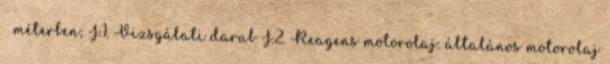
méterben; J.1. Vizsgálati darab J.2. Reagens motorolaj: általános motorolaj